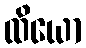
ထိယော